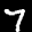
Label: 7